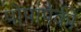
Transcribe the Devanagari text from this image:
पोपांपैकी